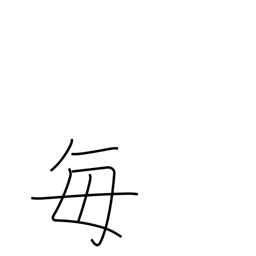
Meaning: every